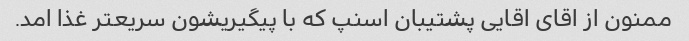
ممنون از اقای اقایی پشتیبان اسنپ که با پیگیریشون سریعتر غذا امد.